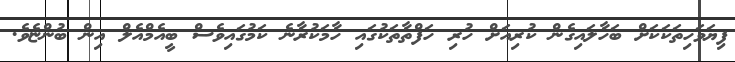
ފިޔަވަހިތަކަކަށް ބަހާލައިގެން ކުރިއަށް ހުރި ހަފްތާތަކުގައި ހާމަކުރާނެ ކަމުގައިވެސް ބީއެމްއެލް އިން ބުންޏެވެ.